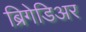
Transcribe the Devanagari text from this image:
ब्रिगेडिअर